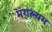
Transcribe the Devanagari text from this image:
मंगल्यम